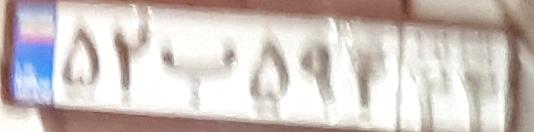
۵۲ب۵۹۴۴۴